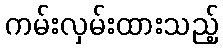
ကမ်းလှမ်းထားသည့်